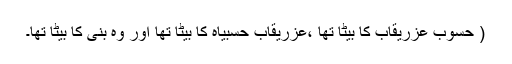
( حُسوب عزریقاب کا بیٹا تھا ،عزریقاب حسبیاہ کا بیٹا تھا اور وہ بُنّی کا بیٹا تھا۔